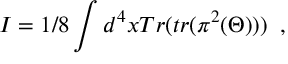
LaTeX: I = { 1 / 8 } \int d ^ { 4 } x T r ( t r ( \pi ^ { 2 } ( \Theta ) ) ) \; \; ,